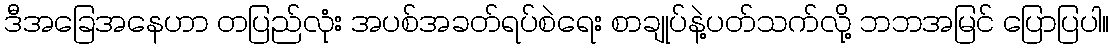
ဒီအခြေအနေဟာ တပြည်လုံး အပစ်အခတ်ရပ်စဲရေး စာချုပ်နဲ့ပတ်သက်လို့ ဘဘအမြင် ပြောပြပါ။